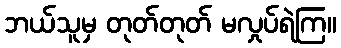
ဘယ်သူမှ တုတ်တုတ် မလှုပ်ရဲကြ။